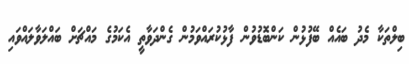
ބިލްތަކާ މެދު ބައެއް ބޭފުޅުން ކަންބޮޑުވުން ފާޅުކުރައްވަމުން ގެންދަވާތީ އެކަމުގެ މައްޗަށް ބައްލަވާލައްވައި